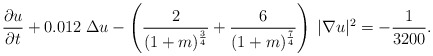
\begin{align*} \frac {\partial u}{\partial t} + 0.012 \; \Delta u - \left( \frac {2} {(1+m)^{\frac 3 4}} + \frac {6} {(1+m)^{\frac 7 4}}\right) \; |\nabla u|^2= - \frac 1 {3200}. \end{align*}